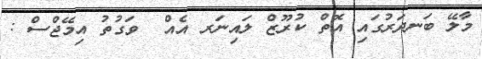
މާލޭ ބަނދަރުގައި އޮތް ކުރޫޒް ލައިނަރ އެއް  ވަގުތު އިމޭޖްސް :